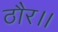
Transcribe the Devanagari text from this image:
ठौर।।